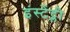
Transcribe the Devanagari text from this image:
इंस्टेंट्ली